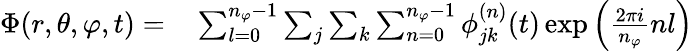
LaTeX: \begin{array}{rl}{\Phi(r,\theta,\varphi,t)=}&{{}\sum_{l=0}^{n_{\varphi}-1}\sum_{j}\sum_{k}\sum_{n=0}^{n_{\varphi}-1}\phi_{jk}^{(n)}(t)\exp{\left(\frac{2\pi i}{n_{\varphi}}nl\right)}}\end{array}